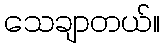
သေချာတယ်။